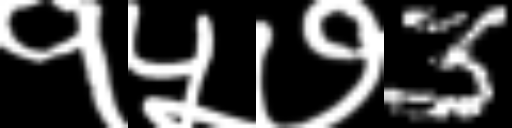
Text: १५७3